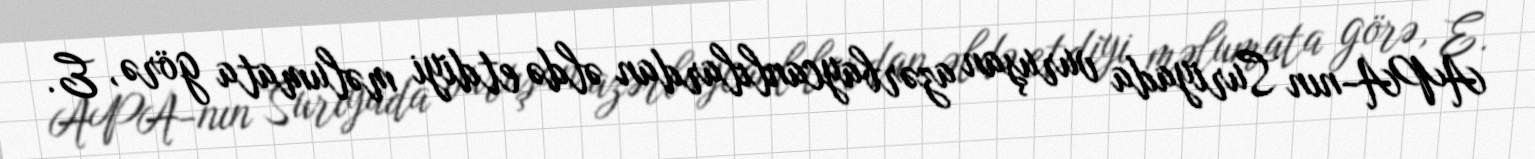
APA-nın Suriyada vuruşan azərbaycanlılardan əldə etdiyi məlumata görə, E.